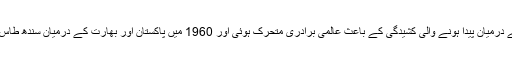
دونوں ملکوں کے درمیان پیدا ہونے والی کشیدگی کے باعث عالمی برادری متحرک ہوئی اور 1960 میں پاکستان اور بھارت کے درمیان سندھ طاس معاہدہ طے پایا۔